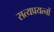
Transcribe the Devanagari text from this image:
सत्यप्रयत्नों